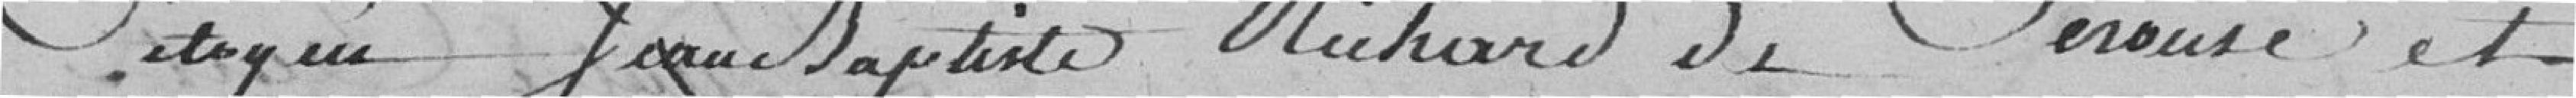
Citoyen Jean-Baptiste Richard de Perouse et